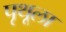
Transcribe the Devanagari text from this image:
पृथूला